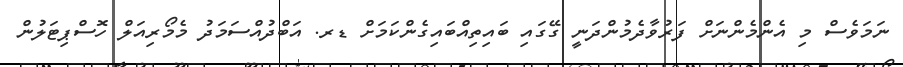
ނަމަވެސް މި އެންމެންނަށް ފަރުވާދެމުންދަނީ ގޭގައި ބައިތިއްބައިގެންކަމަށް ޑރ. އަބްދުއްސަމަދު މެމޯރިއަލް ހޮސްޕިޓަލުން